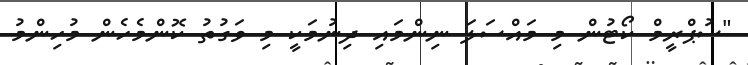
"ސުޕްރީމް ކޯޓުން މި މައްސަލަ ނިންމައި ދިނުމަކީ މި ވަގުތު ކޮންމެހެން މުހިންމު